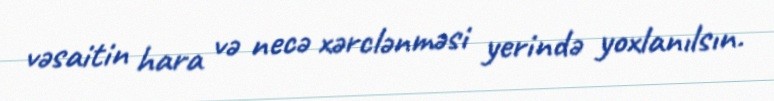
vəsaitin hara və necə xərclənməsi yerində yoxlanılsın.